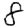
Digit: 8